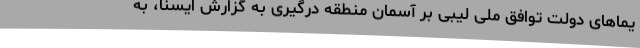
یماهای دولت توافق ملی لیبی بر آسمان منطقه درگیری به گزارش ایسنا، به